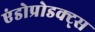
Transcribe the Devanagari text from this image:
एंडोप्रोडक्ट्स